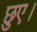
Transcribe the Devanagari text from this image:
छुए।